画像に写った文字を読んでください
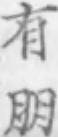
「有朋」と書いてあります